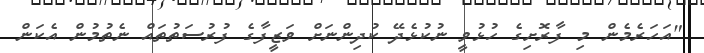
"އަހަރެމެން މި ފާރޮށިގެ ހުޅުވީ ނުކުޅެދޭ ކުދިންނަށް ވަޒީފާގެ ފުރުސަތުތައް ނެތުމުން އެކަން